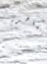
المعاهدة